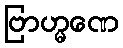
ဗြာဟ္မဏေ